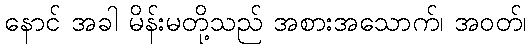
နောင် အခါ မိန်းမတို့သည် အစားအသောက်၊ အဝတ်၊